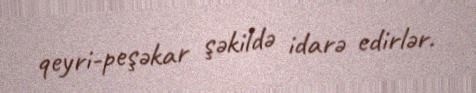
qeyri-peşəkar şəkildə idarə edirlər.